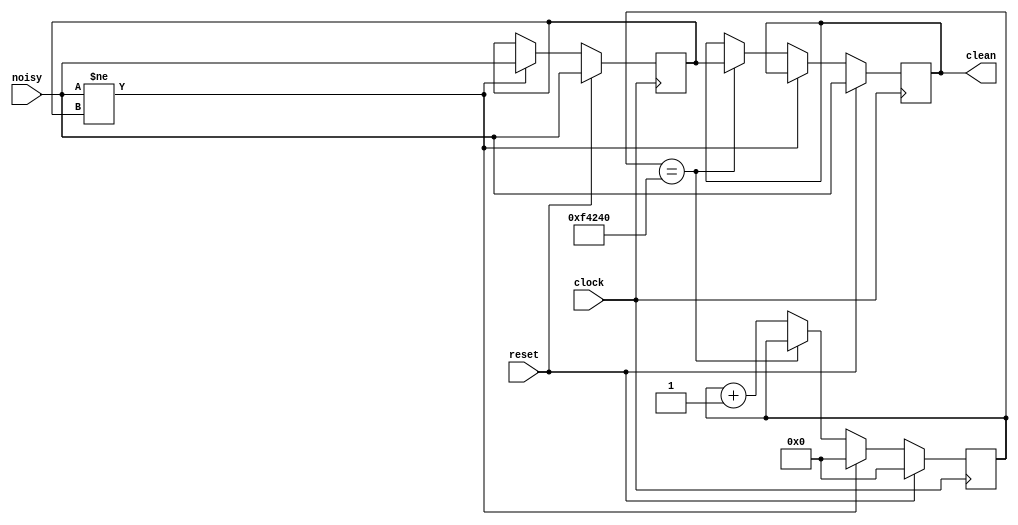
///////////////////////////////////////////////////////////////////////////////
//
// Pushbutton Syncronizer and Debounce Module
//
///////////////////////////////////////////////////////////////////////////////

module debounce ( input reset, clock, noisy,
                  output reg clean );

    // debouncer
    reg [19:0] count;
    reg new_input;

    // debouncer
    always @(posedge clock)
    begin
        if (reset) begin 
            new_input <= noisy; 
            clean <= noisy; 
            count <= 20'd0;
        end
        else // clock rising edge
        begin 
            if (noisy != new_input) begin
                new_input <= noisy; 
                count <= 0;
            end
            else if (count == 20'd1_000_000) // 10 ms
                clean <= new_input;
            else 
                count <= count + 20'd1;
        end
    end

endmodule